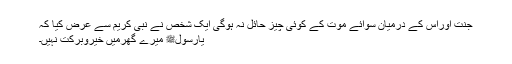
جنت اوراس کے درمیان سوائے موت کے کوئی چیز حائل نہ ہوگی ایک شخص نے نبی کریم سے عرض کیا کہ
یارسولﷺ میرے گھرمیں خیروبرکت نہیں۔